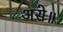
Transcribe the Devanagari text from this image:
असे॥